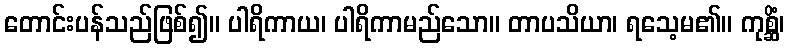
တောင်းပန်သည်ဖြစ်၍။ ပါရိကာယ၊ ပါရိကာမည်သော။ တာပသိယာ၊ ရသေ့မ၏။ ကုစ္ဆိံ၊